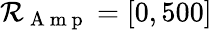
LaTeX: \mathcal{R}_{\mathrm{{~A~m~p~}}}=[0,500]